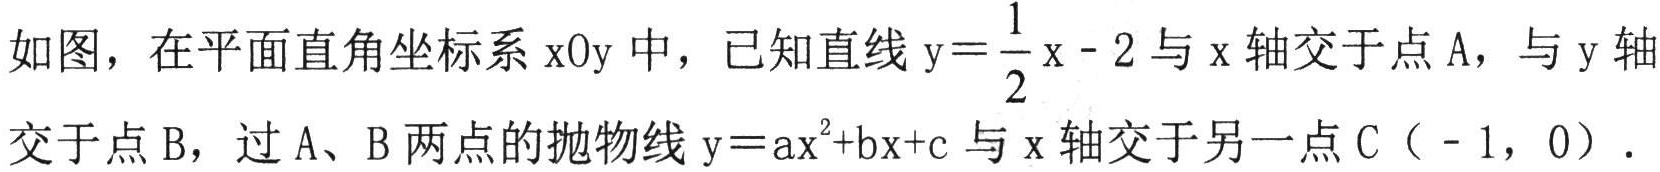
如图，在平面直角坐标系$\mathrm{x}\mathrm{O}\mathrm{y}$中，已知直线$\mathrm{y}=\dfrac{1}{2}\mathrm{x}-2$与$\mathrm{x}$轴交于点$\mathrm{A}$，与$\mathrm{y}$轴交于点$\mathrm{B}$，过$\mathrm{A}$、$\mathrm{B}$两点的抛物线$\mathrm{y}=\mathrm{a}\mathrm{x}^{2}+\mathrm{b}\mathrm{x}+\mathrm{c}$与$\mathrm{x}$轴交于另一点$\mathrm{C}（ - 1，0）$．